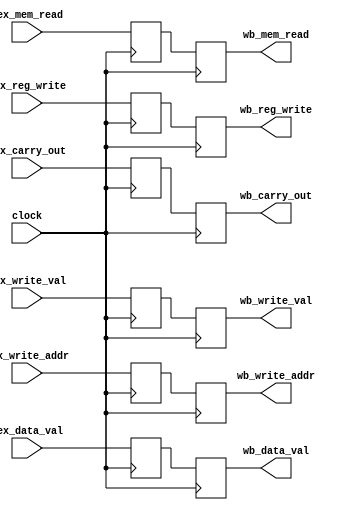
module pipe_mex_wb(
	input clock,
    input mex_reg_write,
    input [2:0] mex_write_addr,
    input [7:0] mex_write_val,
    input mex_carry_out,
    input [7:0] mex_data_val,
    input mex_mem_read,
    
    output reg wb_reg_write,
    output reg [2:0] wb_write_addr,
    output reg wb_carry_out,
    output reg wb_mem_read,
    output reg [7:0] wb_write_val,
    output reg [7:0] wb_data_val
);

    //TODO:forward alu result back to alu if the prev write addr  is equal
    // to the current read_addr1 or read_addr2


reg [7:0] write_val;
reg [2:0] write_addr;
reg [7:0] data_val;
reg mem_read;
reg reg_write;
reg carry_out;

always @(negedge clock) begin
    reg_write <= mex_reg_write;
    write_val <= mex_write_val;
    write_addr <= mex_write_addr;
    data_val <= mex_data_val;
    mem_read <= mex_mem_read;
    carry_out <= mex_carry_out;
end

always @(posedge clock) begin
    wb_reg_write <= reg_write;
    wb_write_val <= write_val;
    wb_write_addr <= write_addr;
    wb_data_val <= data_val;
    wb_mem_read <= mem_read;
    wb_carry_out <= carry_out;
	 end
endmodule